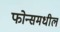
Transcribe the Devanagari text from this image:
फोन्समधील